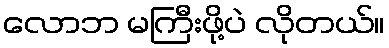
လောဘ မကြီးဖို့ပဲ လိုတယ်။